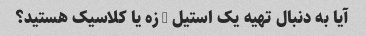
آیا به دنبال تهیه یک استیل - زه یا کلاسیک هستید؟